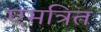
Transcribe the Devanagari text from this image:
एमत्रित